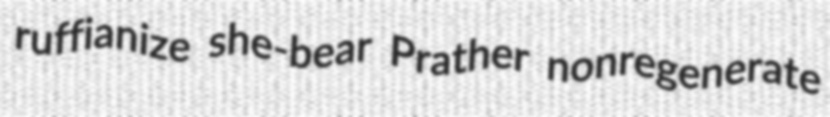
ruffianize she-bear Prather nonregenerate